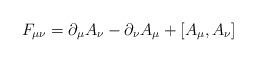
LaTeX: \begin{align*}F_{\mu\nu}=\partial_{\mu}A_{\nu}-\partial_{\nu}A_{\mu}+[A_{\mu},A_{\nu}]\end{align*}